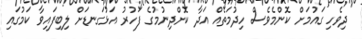
"ދިވެހި ގައުމަށް ކޮންމެވެސް ހިދުމަތެއް އަދާ ކޮށްދިނުމުގެ ފަހުރު އަޅުގަނޑަށް ލިބިފައިވާ ކަމުގައި